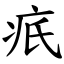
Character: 疧